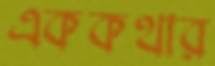
এককথার